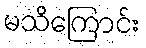
မသိကြောင်း